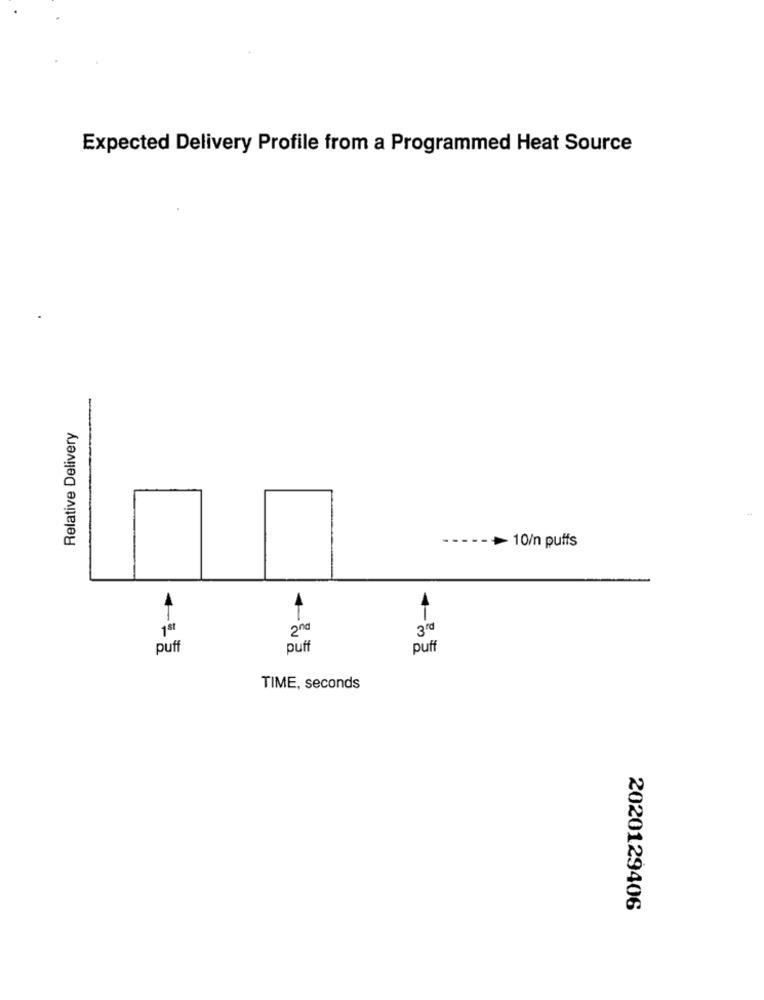
Expected Delivery Profile from a Programmed Heat Source
Relative Delivery
- 10/n puffs
A
T
1st
2nd
3rd
puff
puff
puff
TIME, seconds
2020129406